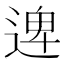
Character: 𮞱